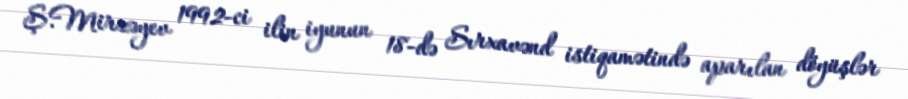
Ş.Mirzəyev 1992-ci ilin iyunun 18-də Sırxavənd istiqamətində aparılan döyüşlər